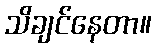
သိချင်နေတာ။